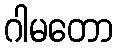
ဂါမတော